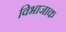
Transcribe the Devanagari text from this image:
विभाजाक